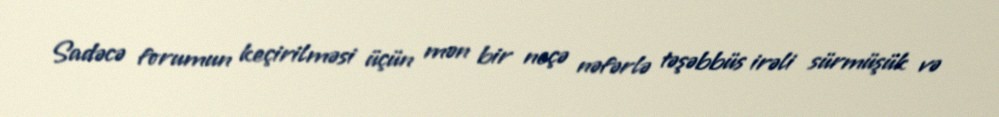
Sadəcə forumun keçirilməsi üçün mən bir neçə nəfərlə təşəbbüs irəli sürmüşük və